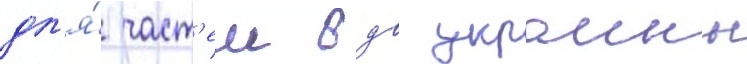
дл'я́ част'еи вдв украины